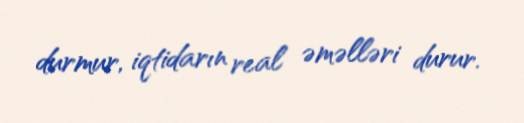
durmur, iqtidarın real əməlləri durur.